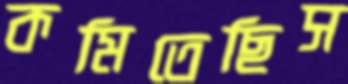
কমিতেছিস